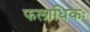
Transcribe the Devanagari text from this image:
फलाधिकः